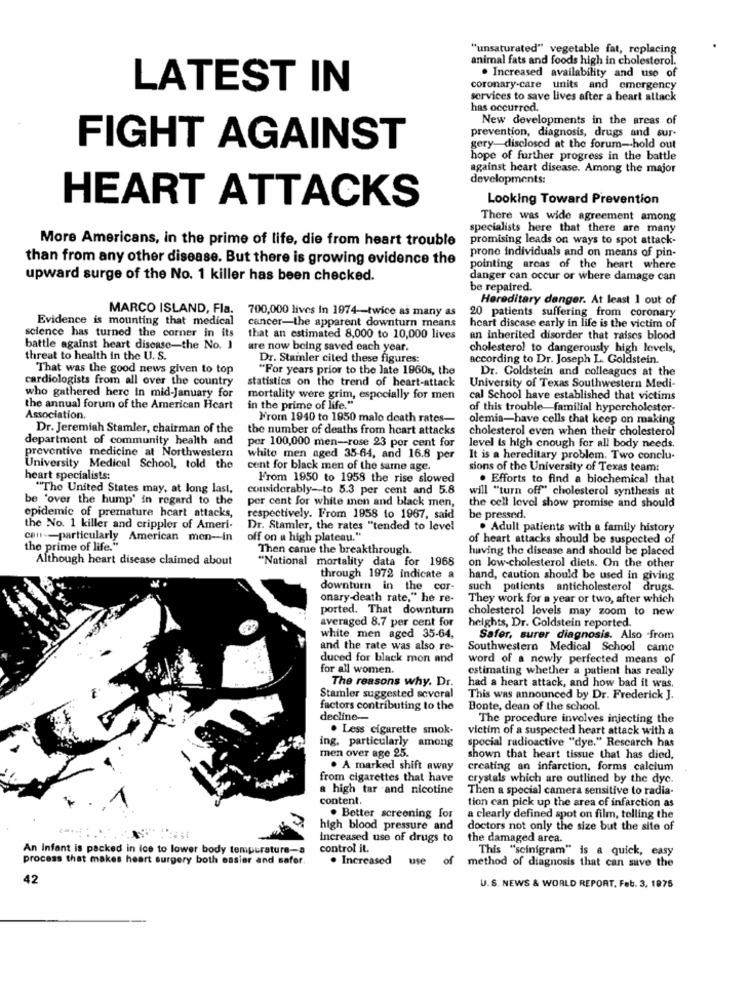
"unsaturated" vegetable fat, replacing
animal fats and foods high in cholesterol.
. Increased availability and use of
LATEST IN
coronary-care units and emergency
services to save lives after a heart attack
has occurred.
New developments in the areas of
prevention, diagnosis, drugs and sur-
FIGHT AGAINST
gery-disclosed at the forum -- hold out
hope of further progress in the battle
against heart disease. Among the major
developments:
Looking Toward Prevention
HEART ATTACKS
There was wide agreement among
specialists here that there are many
More Americans, in the prime of life, die from heart trouble
promising leads on ways to spot attack-
than from any other disease. But there is growing evidence the
prono individuals and on means of pin-
pointing arcas of the heart where
upward surge of the No. 1 killer has been checked.
danger can occur or where damage can
be repaired.
Hereditary danger. At least 1 out of
MARCO ISLAND, Fla. 700,000 lives in 1974-twice as many as
20 patients suffering from coronary
Evidence is mounting that medical
cancer-the apparent downturn means
science has turned the corner in its
heart discase early in life is the victim of
that an estimated 8,000 to 10,000 lives
an inherited disorder that raises blood
battle against heart disease-the No. 1
are now being saved each year.
cholesterol to dangerously high levels,
threat to health in the U. S.
Dr. Stamler cited these figures:
according to Dr. Joseph L. Goldstein.
That was the good news given to top
"For years prior to the late 1960s, the
Dr. Goldstein and colleagues at the
cardiologists from all over the country
statistics on the trend of heart-attack
who gathered here in mid-January for
University of Texas Southwestern Medi-
mortality were grim, especially for men
cal School have established that victims
the annual forum of the American Heart
in the prime of life."
of this trouble familial hypercholester-
Association.
From 1940 to 1950 malo death rates-
olemia-have cells that keep on making
Dr. Jeremiah Stamler, chairman of the
the number of deaths from heart attacks
cholesterol even when their cholesterol
department of community health and
preventive medicine at Northwestern
per 100,000 men-rose 23 por cent for
level is high cnough for all body needs.
white men aged 35-64, and 16.8 per
It is a hereditary problem. Two conclu-
University Medical School, told the
cent for black men of the same age.
sions of the University of Texas team:
heart specialists:
From 1950 to 1958 the rise slowed
. Efforts to find a biochemical that
"The United States may, at long last,
considerably -- to 5.3 per cent and 5.8
will "turn off" cholesterol synthesis at
be 'over the hump' in regard to the
per cent for white men and black men,
the cell level show promise and should
epidemic of premature heart attacks,
respectively. From 1958 to 1967, said
be pressed.
the No. 1 killer and crippler of Ameri-
Dr. Stamler, the rates "tended to level
. Adult patients with a family history
cam-particularly American men-in
off on a high plateau."
of heart attacks should be suspected of
the prime of life."
Then came the breakthrough.
having the disease and should be placed
Although heart disease claimed about
"National mortality data for 1968
on low-cholesterol diets. On the other
through 1972 indicate a
hand, caution should be used in giving
downturn in the cor-
such patients anticholesterol drugs.
onary-death rate," he re-
They work for a year or two, after which
ported. That downturn
cholesterol levels may zoom to new
averaged 8.7 per cent for
heights, Dr. Goldstein reported.
white men aged 35-64,
Safer, surer diagnosis. Also from
and the rate was also re-
Southwestern Medical School camo
duced for black mon and
word of a newly perfected means of
for all women.
estimating whether a patient has really
The reasons why. Dr.
had a heart attack, and how bad it was,
Stamler suggested scvoral
This was announced by Dr. Frederick J.
factors contributing to the
Bonte, dean of the school.
decline-
The procedure involves injecting the
. Less cigarette smok-
victim of a suspected heart attack with a
ing, particularly
among
special radioactive "dye." Rescarch has
men over age 25.
shown that heart tissue that has died,
. A marked shift awny
creating an infarction, forms calcium
from cigarettes that have
crystals which are outlined by the dyc.
a high tar and nicotine
Then a special camera sensitive to radia-
content.
tion can pick up the area of infarction as
. Better screening for
a clearly defined spot on film, telling the
high blood pressure and
doctors not only the size but the site of
Increased use of drugs to
the damaged area.
An Infant is packed in ice to lower body temperature-
control it.
This "scinigram" is a quick, easy
process that makes heart surgery both easier and safer.
. Increased
use
of
method of diagnosis that can save the
42
U.S. NEWS & WORLD REPORT, Feb. 3, 1975